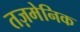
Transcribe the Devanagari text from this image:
तज़मेनिक